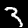
Digit: 3